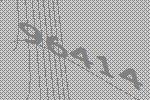
96414